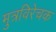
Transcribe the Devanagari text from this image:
मुत्रविरेचक